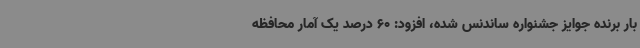
بار برنده جوایز جشنواره ساندنس شده، افزود: 60 درصد یک آمار محافظه